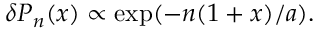
\begin{array} { r } { \delta P _ { n } ( x ) \propto \exp ( - n ( 1 + x ) / a ) . } \end{array}